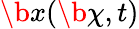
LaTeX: \b x(\b\chi,t)